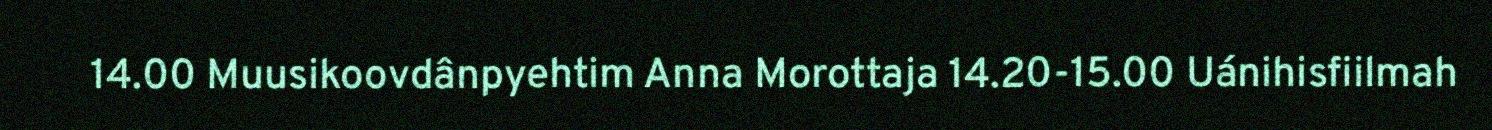
14.00 Muusikoovdânpyehtim Anna Morottaja 14.20-15.00 Uánihisfiilmah